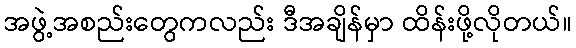
အဖွဲ့အစည်းတွေကလည်း ဒီအချိန်မှာ ထိန်းဖို့လိုတယ်။